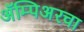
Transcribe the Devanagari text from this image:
ॲम्पिअरचा